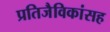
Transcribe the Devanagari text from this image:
प्रतिजैविकांसह